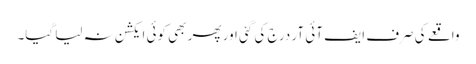
واقعے کی صرف ایف آئی آر درج کی گئی اور پھر بھی کوئی ایکشن نہ لیا گیا۔